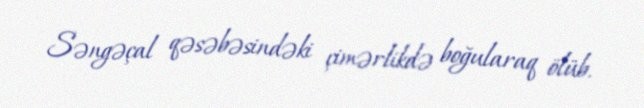
Səngəçal qəsəbəsindəki çimərlikdə boğularaq ölüb.